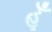
હૂઁ